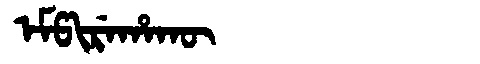
Manchu: ᡝᠮᡦᡳᡵᡝᡥᠠᡴᡡ
Romanization: EMPIREHAKŪ